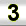
Digit: 3